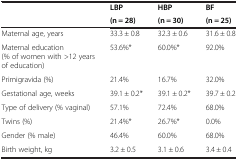
| <ROWSPAN=2>  | LBP | HBP | BF |
 | (n = 28) | (n = 30) | (n = 25) |
 | --- | --- | --- | --- |
 | Maternal age, years | 33.3 ± 0.8 | 32.3 ± 0.6 | 31.6 ± 0.8 |
 | Maternal education (% of women with >12 years of education) | 53.6%* | 60.0%* | 92.0% |
 | Primigravida (%) | 21.4% | 16.7% | 32.0% |
 | Gestational age, weeks | 39.1 ± 0.2* | 39.1 ± 0.2* | 39.7 ± 0.2 |
 | Type of delivery (% vaginal) | 57.1% | 72.4% | 68.0% |
 | Twins (%) | 21.4%* | 26.7%* | 0.0% |
 | Gender (% male) | 46.4% | 60.0% | 68.0% |
 | Birth weight, kg | 3.2 ± 0.5 | 3.1 ± 0.6 | 3.4 ± 0.4 |